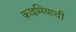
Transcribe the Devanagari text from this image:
क्राइमियाची